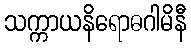
သက္ကာယနိရောဓဂါမိနီ